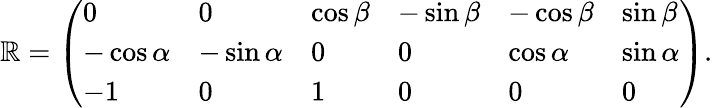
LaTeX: \mathbb{R}=\left(\begin{array}{llllll}{0}&{0}&{\cos\beta}&{-\sin\beta}&{-\cos\beta}&{\sin\beta}\\ {-\cos\alpha}&{-\sin\alpha}&{0}&{0}&{\cos\alpha}&{\sin\alpha}\\ {-1}&{0}&{1}&{0}&{0}&{0}\end{array}\right).